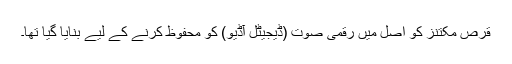
قرص مکتنز کو اصل میں رقمی صوت (ڈیجیٹل آڈیو) کو محفوظ کرنے کے لیے بنایا گیا تھا۔